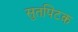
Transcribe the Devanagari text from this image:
सुतपिटक